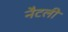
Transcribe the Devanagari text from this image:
नैटली